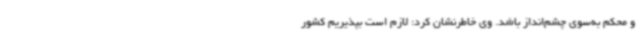
و محکم به‌سوی چشم‌انداز باشد. وی خاطرنشان کرد: لازم است بپذیریم کشور